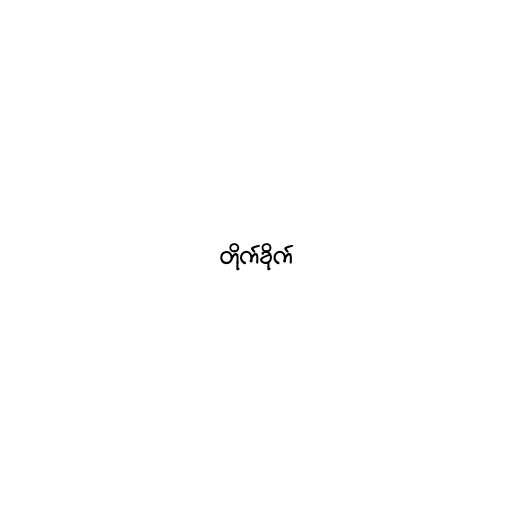
တိုက်ခိုက်